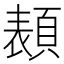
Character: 𩓳